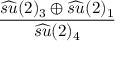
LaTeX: \frac { \widehat { s u } ( 2 ) _ { 3 } \oplus \widehat { s u } ( 2 ) _ { 1 } } { \widehat { s u } ( 2 ) _ { 4 } }